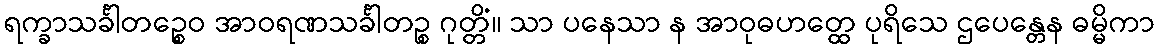
ရက္ခာသင်္ခါတဉ္စေဝ အာဝရဏသင်္ခါတဉ္စ ဂုတ္တိံ။ သာ ပနေသာ န အာဝုဓဟတ္ထေ ပုရိသေ ဌပေန္တေန ဓမ္မိကာ